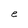
Character: e